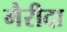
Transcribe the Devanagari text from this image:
मैरीदा